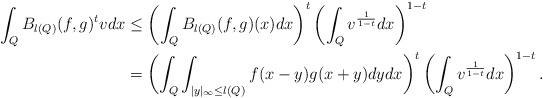
LaTeX: \begin{align*} \int_{Q}B_{{l}(Q)}(f,g)^{t}vdx&\leq\left(\int_{Q}B_{l(Q)}(f,g)(x)dx\right)^{t}\left(\int_{Q}v^{\frac{1}{1-t}}dx\right)^{1-t}\\ &=\left(\int_{Q}\int_{|y|_{\infty}\leq l(Q)}f(x-y)g(x+y)dydx\right)^{t}\left(\int_{Q}v^{\frac{1}{1-t}}dx\right)^{1-t}. \end{align*}